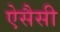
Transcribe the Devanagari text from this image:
ऐसैसी